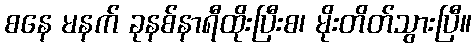
စနေ မနက် ခုနစ်နာရီထိုးပြီးစ၊ မိုးတိတ်သွားပြီ။